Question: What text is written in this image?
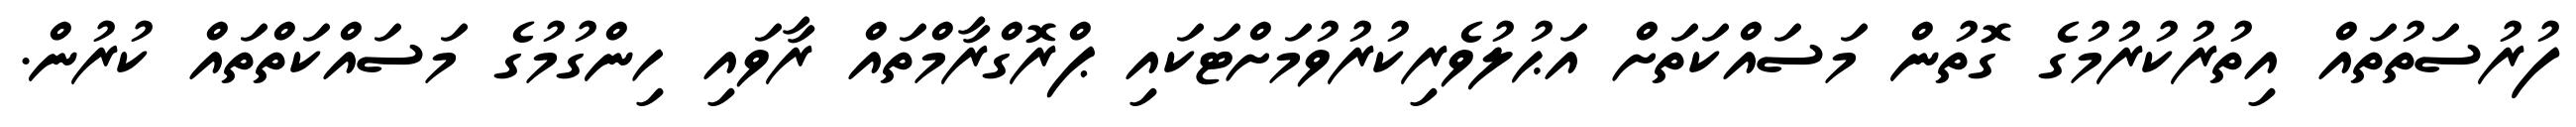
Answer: ފުރުސަތުތައް އިތުރުކުރުމުގެ ގޮތުން މަސައްކަތަށް އަޙުލުވެރިކުރުވުމަށްޓަކައި ޕްރޮގްރާމްތައް ރާވައި ހިންގުމުގެ މަސައްކަތްތައް ކުރުން.